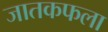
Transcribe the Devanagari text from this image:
जातकफला